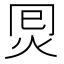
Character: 𰞂